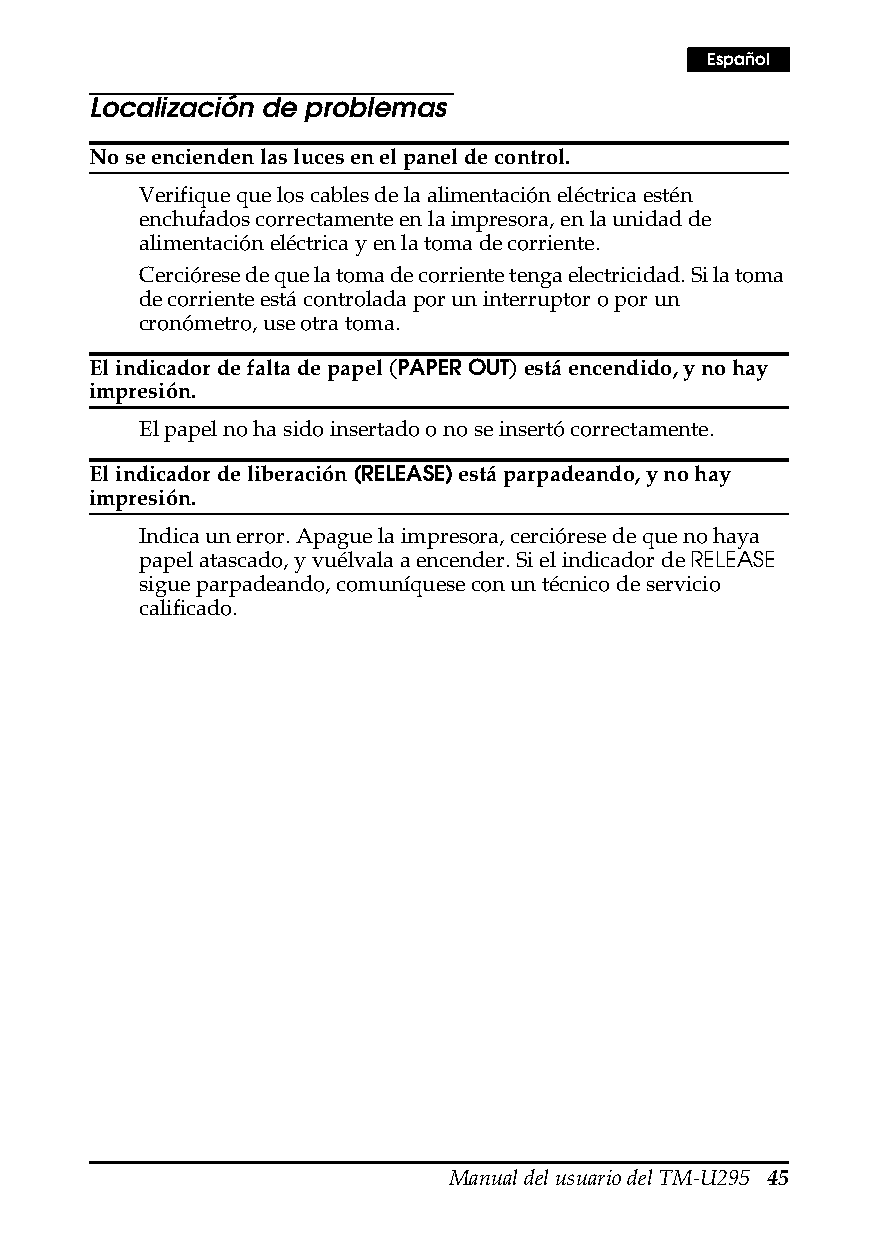
Español
 Localización de problemas
 No se encienden las luces en el panel de control.
 Verifique que los cables de la alimentación eléctrica estén
 enchufados correctamente en la impresora, en la unidad de
 alimentación eléctrica y en la toma de corriente.
 Cerciórese de que la toma de corriente tenga electricidad. Si la toma
 de corriente está controlada por un interruptor o por un
 cronómetro, use otra toma.
 El indicador de falta de papel (PAPER OUT) está encendido, y no hay
 impresión.
 El papel no ha sido insertado o no se insertó correctamente.
 El indicador de liberación (RELEASE) está parpadeando, y no hay
 impresión.
 Indica un error. Apague la impresora, cerciórese de que no haya
 papel atascado, y vuélvala a encender. Si el indicador de RELEASE
 sigue parpadeando, comuníquese con un técnico de servicio
 calificado.
 Manual del usuario del TM-U295 45